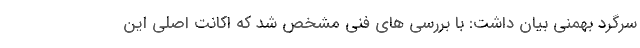
سرگرد بهمنی بیان داشت: با بررسی های فنی مشخص شد که اکانت اصلی این